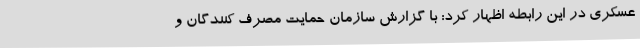
عسکری در این رابطه اظهار کرد: با گزارش سازمان حمایت مصرف کنندگان و